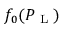
f _ { 0 } ( P _ { \textrm { L } } )